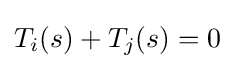
{\textstyle T_{i}(s)+T_{j}(s)=0}